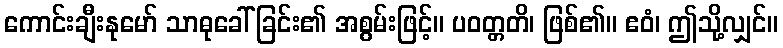
ကောင်းချီးနုမော် သာဓုခေါ်ခြင်း၏ အစွမ်းဖြင့်။ ပဝတ္တတိ၊ ဖြစ်၏။ ဧဝံ၊ ဤသို့လျှင်။